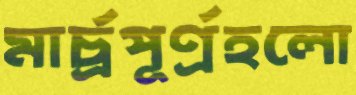
মার্চ্রপূর্ণ্রহলো